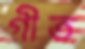
গীত